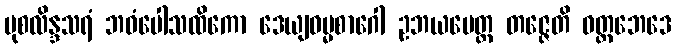
မုစလိန္ဒသရံ ဘဝံပေါသထိကော ဒေယျဓမ္မစာဂေါ ဥဘယမေတ္ထ တဇ္ဇေတိ ဝတ္တဘေဒေ